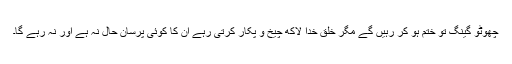
چھوٹو گینگ تو ختم ہو کر رہیں گے مگر خلق خدا لاکھ چیخ و پکار کرتی رہے ان کا کوئی پرسان حال نہ ہے اور نہ رہے گا۔